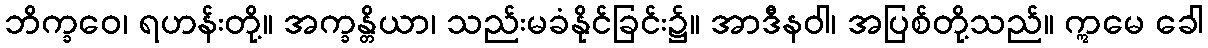
ဘိက္ခဝေ၊ ရဟန်းတို့။ အက္ခန္တိယာ၊ သည်းမခံနိုင်ခြင်း၌။ အာဒီနဝါ၊ အပြစ်တို့သည်။ ဣမေ ခေါ